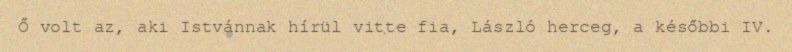
Ő volt az, aki Istvánnak hírül vitte fia, László herceg, a későbbi IV.